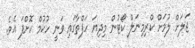
ޖަލަށް ލުމަށް ކްރިމިނަލް ކޯޓުން މިދިޔަ ހަފްތާގައި ވަނީ ހުކުމް ކޮށްފަ އެވެ.